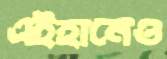
এইহানেও